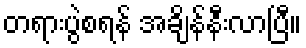
တရားပွဲစရန် အချိန်နီးလာပြီ။